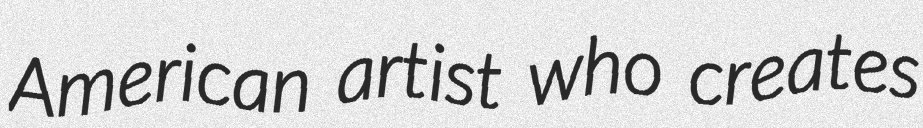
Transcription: American artist who creates